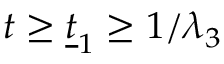
t \ge \underline { { t } } _ { 1 } \ge 1 / \lambda _ { 3 }